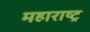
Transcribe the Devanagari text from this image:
महाराष्‍ट्र